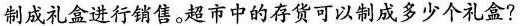
制成礼盒进行销售。超市中的存货可以制成多少个礼盒?